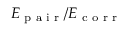
E _ { \textrm { p a i r } } / E _ { \textrm { c o r r } }